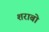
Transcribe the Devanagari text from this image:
शराबो